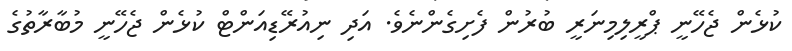
ކުޅެން ޖެހޭނީ ޕްރީލިމިނަރީ ބުރުން ފެށިގެންނެވެ. އަދި ނިއުރޭޑިއަންޓް ކުޅެން ޖެހޭނީ މުބާރާތުގެ